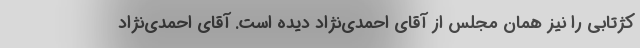
کژتابی را نیز همان مجلس از آقای احمدی‌نژاد دیده است. آقای احمدی‌نژاد